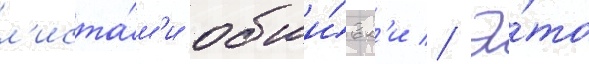
л'иста́м'и обши́вк'и // Э́то